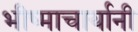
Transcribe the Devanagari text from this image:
भीष्माचार्यानी